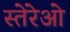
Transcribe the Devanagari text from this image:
स्तेरेओ